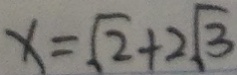
x = \sqrt { 2 } + 2 \sqrt { 3 }